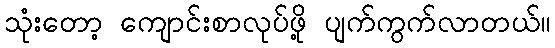
သုံးတော့ ကျောင်းစာလုပ်ဖို့ ပျက်ကွက်လာတယ်။